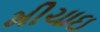
મીચાઇ